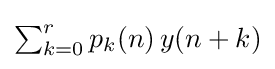
{\textstyle \sum _{k=0}^{r}p_{k}(n)\,y(n+k)}